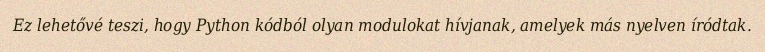
Ez lehetővé teszi, hogy Python kódból olyan modulokat hívjanak, amelyek más nyelven íródtak.